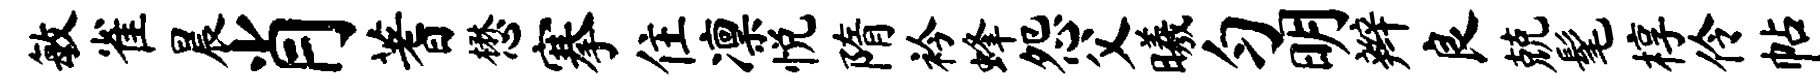
敏雀晨肖蓍懋搴住凛悦隋衿蜂怨父曦匀明辫良兢髦椁伶帖